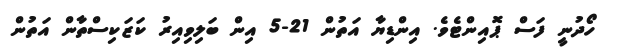
ހޯދުނީ ފަސް ޕޮއިންޓެވެ. އިންޑިޔާ އަތުން 21-5 އިން ބަލިވިއިރު ކަޒަކިސްތާން އަތުން